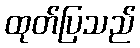
ထုတ်ပြသည်